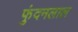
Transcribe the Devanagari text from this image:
फुंदनलाल